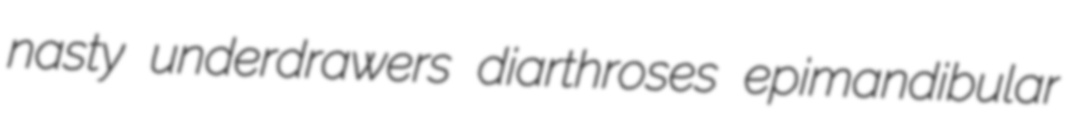
nasty underdrawers diarthroses epimandibular